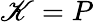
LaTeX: \mathscr{K}=P